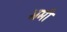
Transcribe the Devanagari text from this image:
भ्रमी